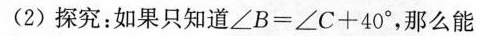
(2)探究：如果只知道$$∠ B = ∠ C + 4 0 °$$，那么能